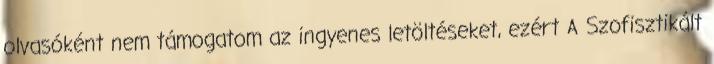
olvasóként nem támogatom az ingyenes letöltéseket, ezért A Szofisztikált